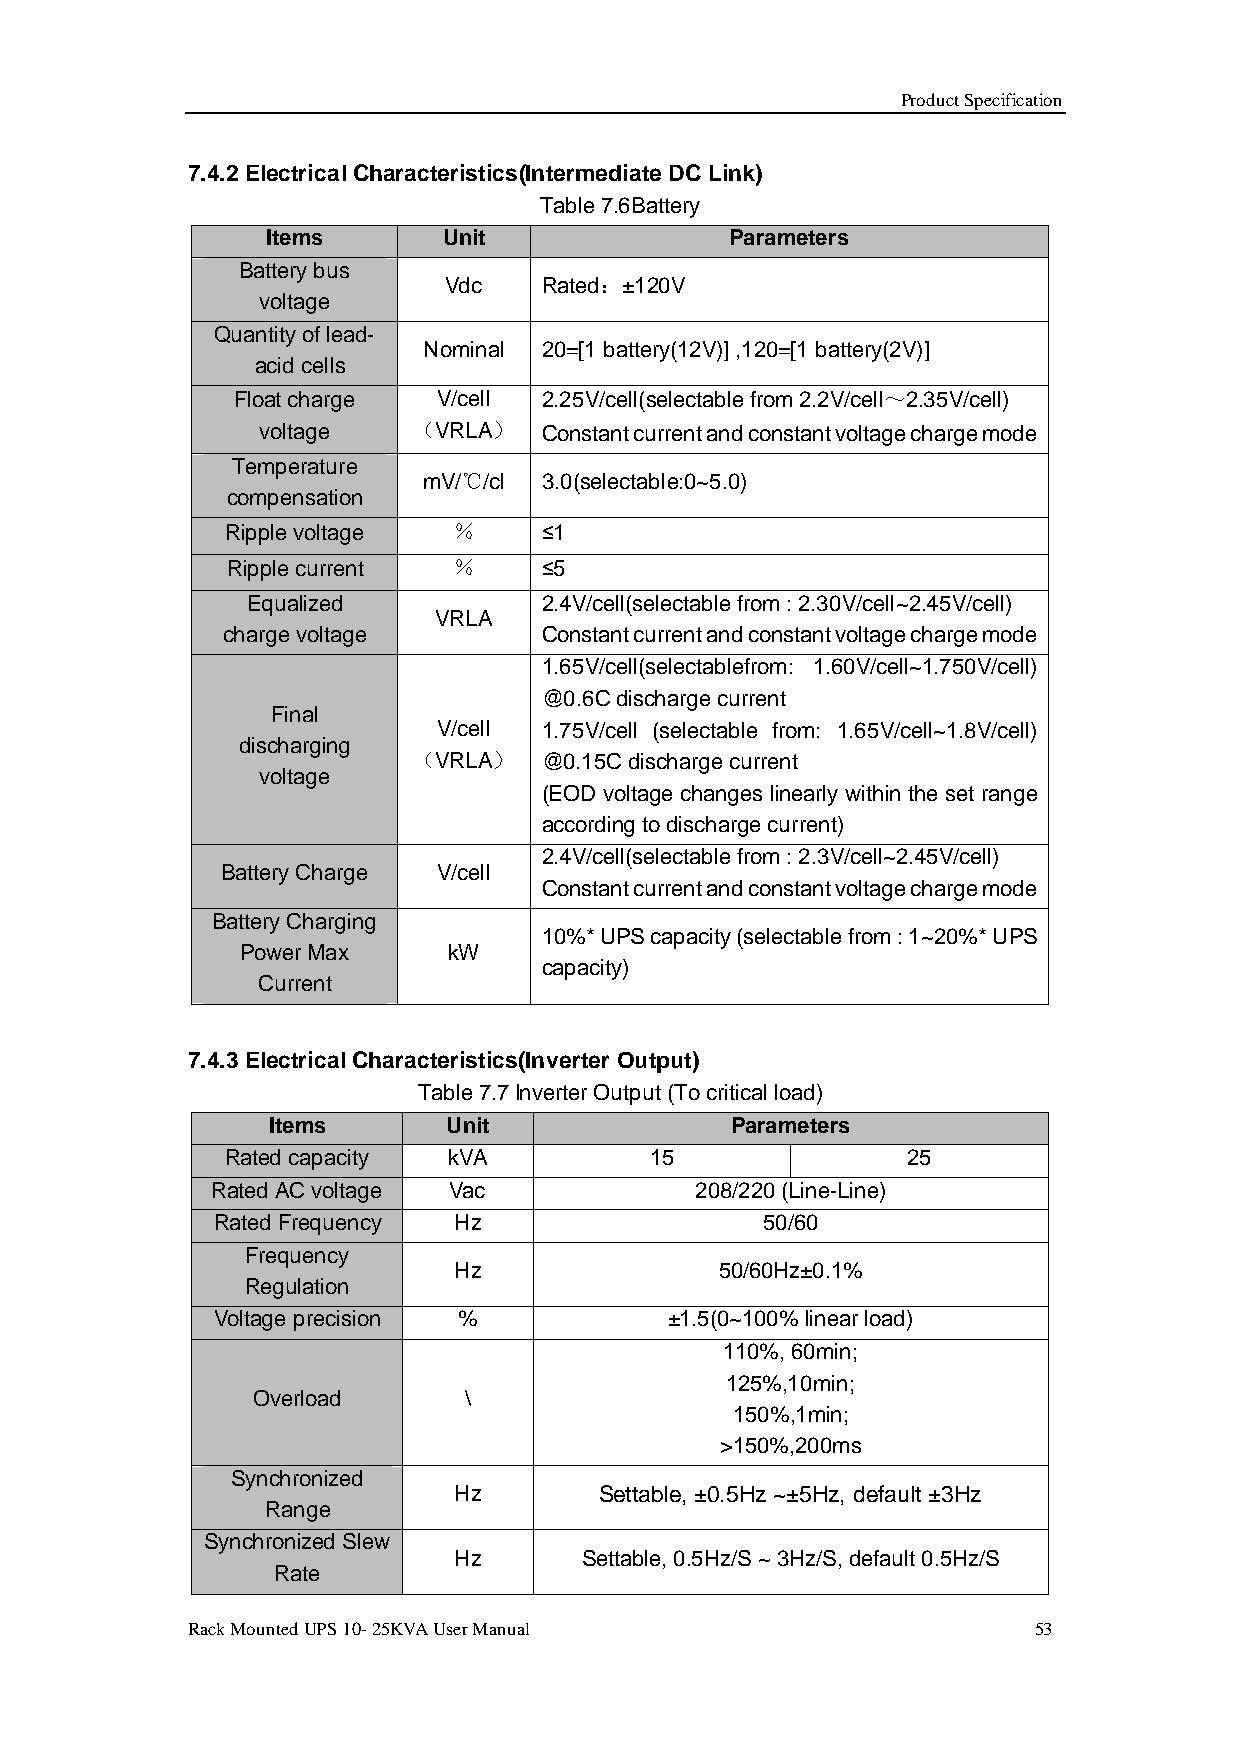
Product Specification
 7.4.2 Electrical Characteristics(Intermediate DC Link)
 Table 7.6Battery
 Items      Unit               Parameters
 Battery bus
 Vdc    Rated：±120V
 voltage
 Quantity of lead-
 Nominal 20=[1 battery(12V)] ,120=[1 battery(2V)]
 acid cells
 Float charge V/cell 2.25V/cell(selectable from 2.2V/cell～2.35V/cell)
 voltage   （VRLA）   Constant current and constant voltage charge mode
 Temperature
 mV/℃/cl 3.0(selectable:0~5.0)
 compensation
 Ripple voltage ％     ≤1
 Ripple current ％     ≤5
 Equalized           2.4V/cell(selectable from : 2.30V/cell~2.45V/cell)
 VRLA
 charge voltage       Constant current and constant voltage charge mode
 1.65V/cell(selectablefrom: 1.60V/cell~1.750V/cell)
 @0.6C discharge current
 Final
 V/cell 1.75V/cell (selectable from: 1.65V/cell~1.8V/cell)
 discharging
 （VRLA）   @0.15C discharge current
 voltage
 (EOD voltage changes linearly within the set range
 according to discharge current)
 2.4V/cell(selectable from : 2.3V/cell~2.45V/cell)
 Battery Charge V/cell
 Constant current and constant voltage charge mode
 Battery Charging
 10%* UPS capacity (selectable from : 1~20%* UPS
 Power Max     kW
 capacity)
 Current
 7.4.3 Electrical Characteristics(Inverter Output)
 Table 7.7 Inverter Output (To critical load)
 Items       Unit              Parameters
 Rated capacity kVA          15               25
 Rated AC voltage Vac            208/220 (Line-Line)
 Rated Frequency Hz                   50/60
 Frequency
 Hz                50/60Hz±0.1%
 Regulation
 Voltage precision %           ±1.5(0~100% linear load)
 110%, 60min;
 125%,10min;
 Overload      \
 150%,1min;
 >150%,200ms
 Synchronized
 Hz        Settable, ±0.5Hz ~±5Hz, default ±3Hz
 Range
 Synchronized Slew
 Hz       Settable, 0.5Hz/S ~ 3Hz/S, default 0.5Hz/S
 Rate
 Rack Mounted UPS 10- 25KVA User Manual                  53